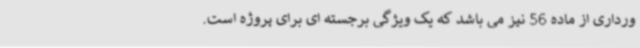
ورداری از ماده 56 نیز می باشد که یک ویژگی برجسته ای برای پروژه است.